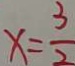
x = \frac { 3 } { 2 }